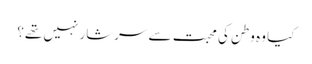
کیا وہ وطن کی محبت سے سرشار نہیں تھے؟